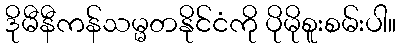
ဒိုမီနီကန်သမ္မတနိုင်ငံကို ပိုမိုစူးစမ်းပါ။